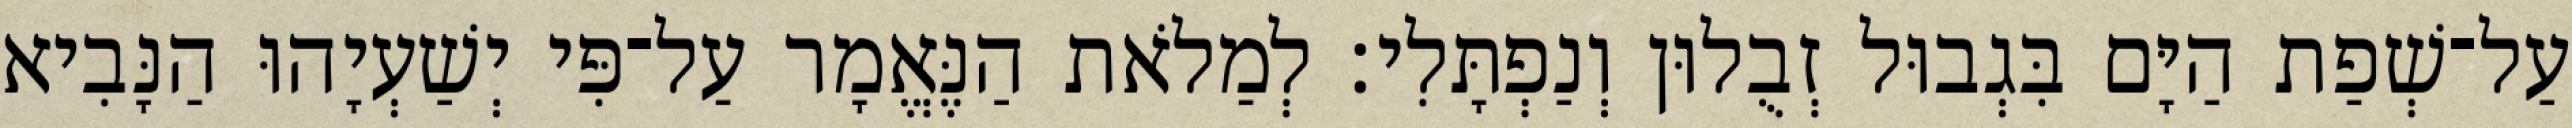
עַל־שְׁפַת הַיָּם בִּגְבוּל זְבֻלוּן וְנַפְתָּלִי׃ לְמַלֹאת הַנֶּאֱמָר עַל־פִּי יְשַׁעְיָהוּ הַנָּבִיא